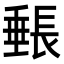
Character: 𬼓